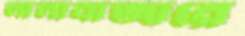
লালাবাজারে